Insane asylums Bombay 1873-77 - 1873-1877
Year: 1873
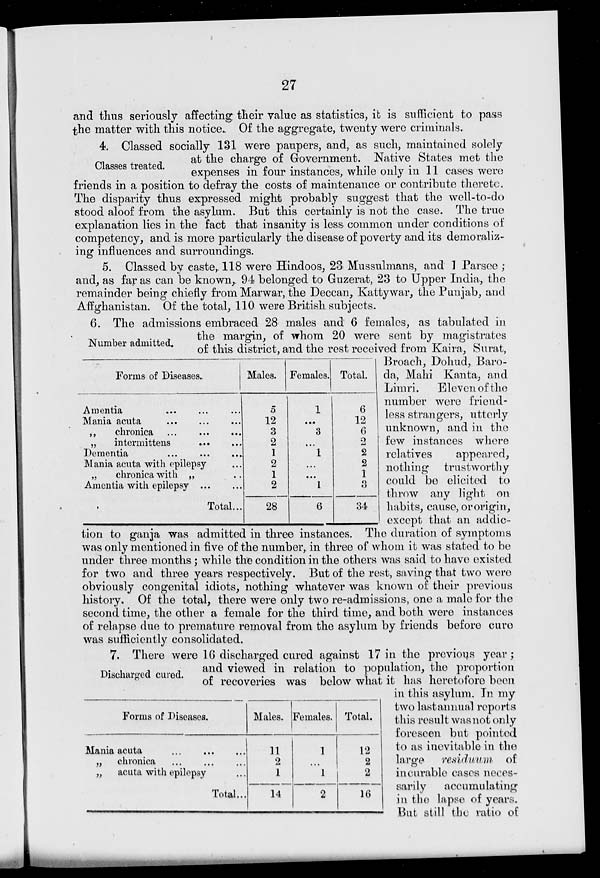
27
and thus seriously affecting their value as statistics, it is sufficient to pass
the matter with this notice. Of the aggregate, twenty were criminals.
Classes treated.
4. Classed socially 131 were paupers, and, as such, maintained solely
at the charge of Government. Native States met the
expenses in four instances, while only in 11 cases were
friends in a position to defray the costs of maintenance or contribute therete.
The disparity thus expressed might probably suggest that the well-to-do
stood aloof from the asylum. But this certainly is not the case. The true
explanation lies in the fact that insanity is less common under conditions of
competency, and is more particularly the disease of poverty and its demoraliz-
ing influences and surroundings.
5. Classed by caste,. 118 were Hindoos, 23 Mussulmans, and 1 Parsee ;
and, as far as can be known , 94 belonged to Guzerat , 23 to Upper India, the
remainder being chiefly from Marwar, the Deccan , Kattywar, the Punjab, and
Afghanistan. Of the total, 110 were British subjects.
Number admitted.
Forms of Diseases.
Amentia ... ... ...
Mania acuta ... ... ...
„
chronica ... ... ...
„
intermittens ... ...
Dementia ... ... ...
Mania acuta with epilepsy ...
„
chronica with „ ...
Amentia with epilepsy ... ...
Total ...
Males.
5
12
3
2
1
2
1
2
28
Females.
1
...
3
...
1
...
...
1
6
Total.
6
12
6
2
2
2
1
3
34
6. The admissions embraced 28 males and 6 females, as tabulated in
the margin, of whom 20 were sent by magistrates
of this district, and the rest received from Kaira, Surat,
Broach, Dohud, Baro-
da, Mahi Kanta, and
Limri.
Eleven of the
number were friend-
less strangers, utterly
unknown, and in the
few instances where
relatives
appeared,
nothing trustworthy
could be elicited to
throw any light on
habits, cause, or origin,
except that an addic-
tion to ganja was admitted in three instances. The duration of symptoms
was only mentioned in five of the number, in three of whom it was stated to be
under three months ; while the condition in the others was said to have existed
for two and three years respectively. But of the rest, saving that two were
obviously congenital idiots, nothing whatever was known of their previous
history. Of the total, there were only two re-admissions, one a male for the
second time, the other a female for the third time, and both were instances
of relapse due to premature removal from the asylum by friends before cure
was sufficiently consolidated.
Discharged cured.
Forms of Diseases.
Mania acuta
...
...
...
„
chronica ... ... ...
„
acuta with epilepsy ...
Total...
Males.
11
2
1
14
Females.
1
...
1
2
Total.
12
2
2
16
7. There were 16 discharged cured against 17 in the previous year ;
and viewed in relation to population, the proportion
of recoveries was below what it has heretofore been
in this asylum. In my
two last annual reports
this result was not only
foreseen but pointed
to as inevitable in the
large residuum
of
incurable cases neces-
sarily
accumulating
in the lapse of years.
But still the ratio of